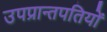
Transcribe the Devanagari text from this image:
उपप्रान्तपतियों